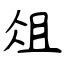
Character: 俎